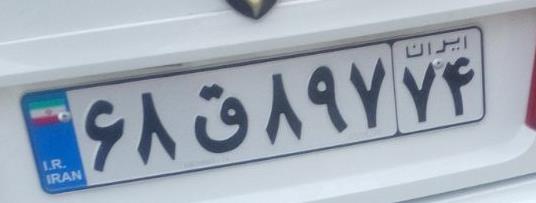
۶۸ق۸۹۷۷۴